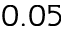
0 . 0 5